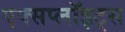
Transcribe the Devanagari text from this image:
एक्सप्लॉइट्स